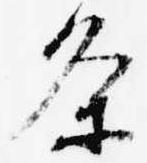
条